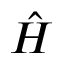
\hat { H }